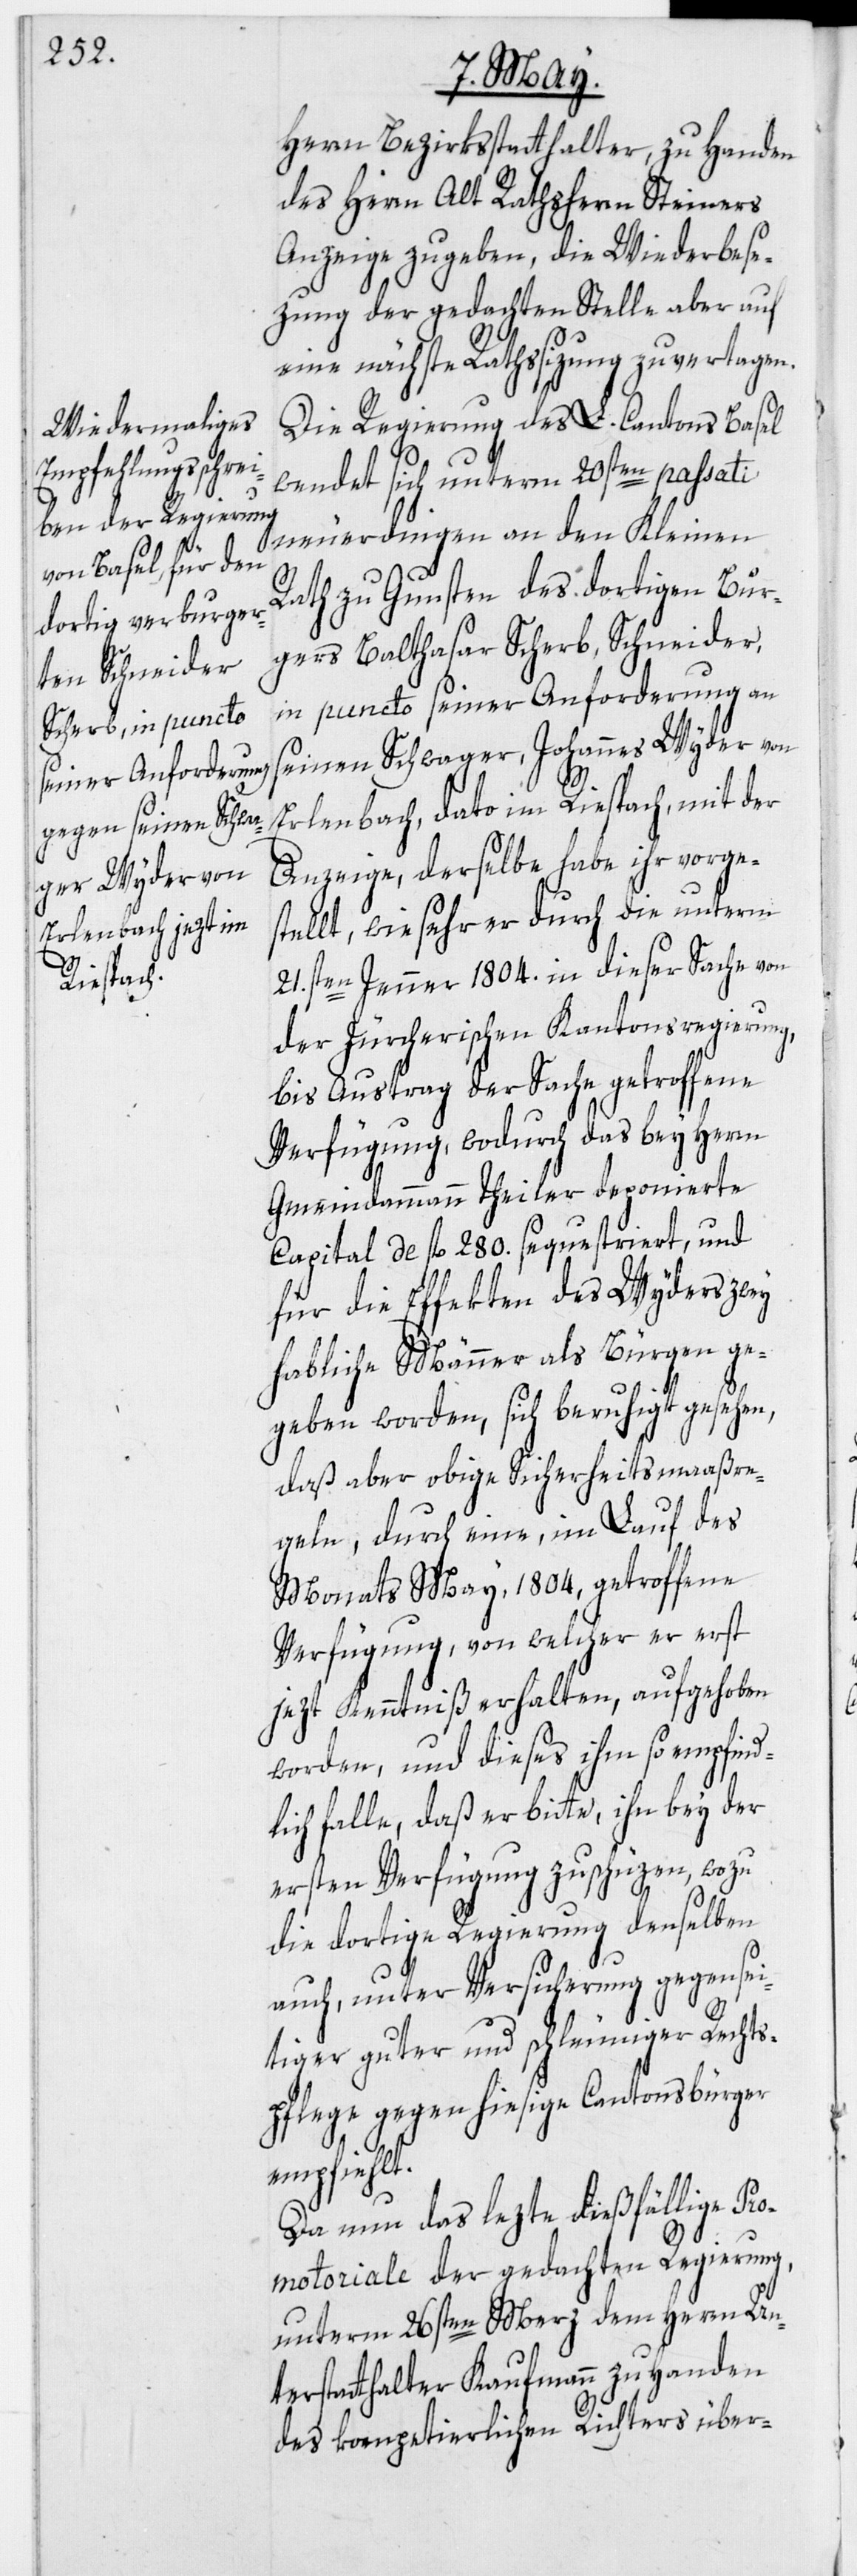
Herrn Bezirksstatthalter, zu Handen
des Herrn Alt Rathsherrn Steiners
Anzeige zu geben, die Wiederbese¬
zung der gedachten Stelle aber auf
eine nächste Rathssizung zu vertagen.
Die Regierung des L. Cantons Basel
wendet sich unterm 20sten passati
neuerdingen an den Kleinen
Rath zu Gunsten des dortigen Bur¬
gers Balthasar Scherb, Schneider,
in puncto seiner Anforderung an
seinen Schwager, Johannes Wyder von
Erlenbach, dato im Riespach, mit der
Anzeige, derselbe habe ihr vorges¬
tellt, wie sehr er durch die unterm
21.sten Jenner 1804. in dieser Sache von
der Zürcherischen Kantonsregierung,
bis Austrag der Sache getroffene
Verfügung, wodurch das bey Herrn
Gemeindammann Theiler deponierte
Capital de fl. 280. sequestriert, und
für die Effekten des Wyders zwey
habliche Männer als Bürgen ge¬
geben worden, sich beruhigt gesehen,
daß aber obige Sicherheitsmaaßre¬
geln, durch eine, im Lauf des
Monats May, 1804, getroffene
Verfügung, von welcher er erst
jezt Kenntniß erhalten, aufgehoben
worden, und dieses ihm so empfind¬
lich falle, daß er bitte, ihn bey der
ersten Verfügung zu schüzen, wozu
die dortige Regierung denselben
auch, unter Versicherung gegensei¬
tiger guter und schleuniger Rechts¬
pflege gegen hiesige Cantonsbürger
empfiehlt.
Da nun das lezte dießfällige Pro¬
motoriale der gedachten Regierung,
unterm 26sten Merz dem Herrn Un¬
terstatthalter Kaufmann zu Handen
des kompetierlichen Richters über-